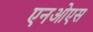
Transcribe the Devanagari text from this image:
एनओएस